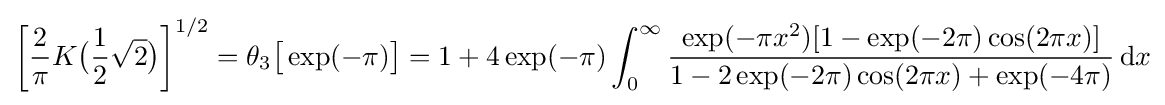
{\biggl [}{\frac {2}{\pi }}K{\bigl (}{\frac {1}{2}}{\sqrt {2}}{\bigr )}{\biggr ]}^{1/2}=\theta _{3}{\bigl [}\exp(-\pi ){\bigr ]}=1+4\exp(-\pi )\int _{0}^{\infty }{\frac {\exp(-\pi x^{2})[1-\exp(-2\pi )\cos(2\pi x)]}{1-2\exp(-2\pi )\cos(2\pi x)+\exp(-4\pi )}}\,\mathrm {d} x